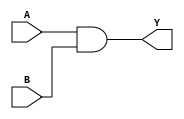
module and1(input wire A,B, output wire Y);
assign Y = A & B;
endmodule

module or1(input wire A,B, output wire Y);
assign Y = A | B;
endmodule

module not1(input wire A, output wire Y);
assign Y=~A;
endmodule

module nand1(input wire A,B, output wire Y);
wire x;
and1 a1(A,B,x);
not1 a2(x,Y);
endmodule


module nor1(input wire A,B, output wire Y);
wire x;
or1 a1(A,B,x);
not1 a2(x,Y);
endmodule


module xor1(input wire A,B, output wire C);
wire x,y,p,q;
not1 n1(A,x);
not1 n2(B,y);
and1 a1(B,x,p);
and1 a2(A,y,q);
or1 o1(p,q,C);
endmodule

module xnor1(input wire A,B, output wire C);
wire x,y,p,q;
not1 n1(A,x);
not1 n2(B,y);
and1 a1(y,x,p);
and1 a2(A,B,q);
or1 o1(p,q,C);
endmodule


module FA(input wire a, b, cin, output wire sum, cout);
wire x,y,p,q,r;
xor1 x0(a, b,x);
xor1 x1(x, cin, sum);
and1 a0(a, b, p);
and1 a1(a, cin, q);
and1 a2(b, cin, r);
or1 o0(p,q,y);
or1 o1(y,r, cout);
endmodule

module MUX2(input wire A,B,S, output wire Y);
assign Y=(S==0)?A:B;
endmodule

module MUX4 (input wire [0:3] i, input wire j1, j0, output wire o);
wire x,y;
MUX2 M1(i[0],i[1],j1,x);
MUX2 M2(i[2],i[3],j1,y);
MUX2 M3(x,y,j0,o);
endmodule

module MUX8 (input wire [0:7] i, input wire j2, j1, j0, output wire o);
  wire  t0, t1;
  MUX4 m1 (i[0:3], j2, j1, t0);
  MUX4 m2 (i[4:7], j2, j1, t1);
  MUX2 m3 (t0, t1, j0, o);
endmodule

module addsub(input wire i0,i1,add_sub,cin,output wire cout,sumdiff);
	wire t;
	xor1 x2(i1,add_sub,t);
	FA f0(i0,t,cin,sumdiff,cout);
endmodule

module alu_slice(input wire [1:0]op,input wire i0,i1,cin,output wire o,cout);
	wire t_sumdiff,t_and,t_or,t_andor;
	addsub b1(i0,i1,op[0],cin,cout,sumdiff);
	and1 a4(i0,i1,t_and);
	or1 o2(i0,i1,t_or);	
	MUX2 m1(t_and,t_or,op[0],t_andor);
	MUX2 m2(t_andor,sumdiff,op[1],o);
endmodule

module alu (input wire [1:0] op, input wire [15:0] i0, i1,
    output wire [15:0] o, output wire cout);
	wire [14:0]c;
	alu_slice p0(op,i0[0],i1[0],op[0],o[0],c[0]);
	alu_slice p1(op,i0[1],i1[1],c[0],o[1],c[1]);
	alu_slice p2(op,i0[2],i1[2],c[1],o[2],c[2]);
	alu_slice p3(op,i0[3],i1[3],c[2],o[3],c[3]);
	alu_slice p4(op,i0[4],i1[4],c[3],o[4],c[4]);
	alu_slice p5(op,i0[5],i1[5],c[4],o[5],c[5]);
	alu_slice p6(op,i0[6],i1[6],c[5],o[6],c[6]);
	alu_slice p7(op,i0[7],i1[7],c[6],o[7],c[7]);			
	alu_slice p8(op,i0[8],i1[8],c[7],o[8],c[8]);
	alu_slice p9(op,i0[9],i1[9],c[8],o[9],c[9]);
	alu_slice p10(op,i0[10],i1[10],c[9],o[10],c[10]);
	alu_slice p11(op,i0[11],i1[11],c[10],o[11],c[11]);
	alu_slice p12(op,i0[12],i1[12],c[11],o[12],c[12]);
	alu_slice p13(op,i0[13],i1[13],c[12],o[13],c[13]);
	alu_slice p14(op,i0[14],i1[14],c[13],o[14],c[14]);
	alu_slice p15(op,i0[15],i1[15],c[14],o[15],cout);
endmodule

module demux2 (input wire i, j, output wire o0, o1);
  assign o0 = (j==0)?i:1'b0;
  assign o1 = (j==1)?i:1'b0;
endmodule

module demux4 (input wire i, j1, j0, output wire [0:3] o);
  wire  t0, t1;
  demux2 demux2_0 (i, j1, t0, t1);
  demux2 demux2_1 (t0, j0, o[0], o[1]);
  demux2 demux2_2 (t1, j0, o[2], o[3]);
endmodule

module demux8 (input wire i, j2, j1, j0, output wire [0:7] o);
  wire  t0, t1;
  demux2 demux2_0 (i, j2, t0, t1);
  demux4 demux4_0 (t0, j1, j0, o[0:3]);
  demux4 demux4_1 (t1, j1, j0, o[4:7]);
endmodule

module df (input wire clk, in, output wire out);
  reg df_out;
  always@(posedge clk) df_out <= in;
  assign out = df_out;
endmodule

module dfr (input wire clk, reset, in, output wire out);
  wire reset_, df_in;
 or1 o1 (reset,in, reset_);
  and1 a1 (in, reset_, df_in);
  df df_0 (clk, df_in, out);
endmodule

module dfrl (input wire clk, reset, load, in, output wire out);
  wire _in;
 MUX2 m1(out, in, load, _in);
  dfr dfr_1(clk, reset, _in, out);
endmodule